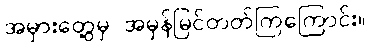
အမှားတွေ့မှ အမှန်မြင်တတ်ကြကြောင်း။